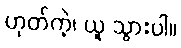
ဟုတ်ကဲ့၊ ယူ သွားပါ။